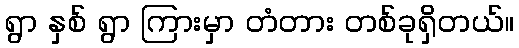
ရွာ နှစ် ရွာ ကြားမှာ တံတား တစ်ခုရှိတယ်။